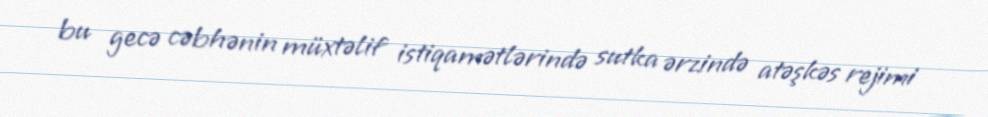
bu gecə cəbhənin müxtəlif istiqamətlərində sutka ərzində atəşkəs rejimi